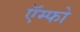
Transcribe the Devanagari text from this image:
ऍम्फो